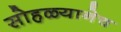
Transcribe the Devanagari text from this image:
सोहळ्यानेच